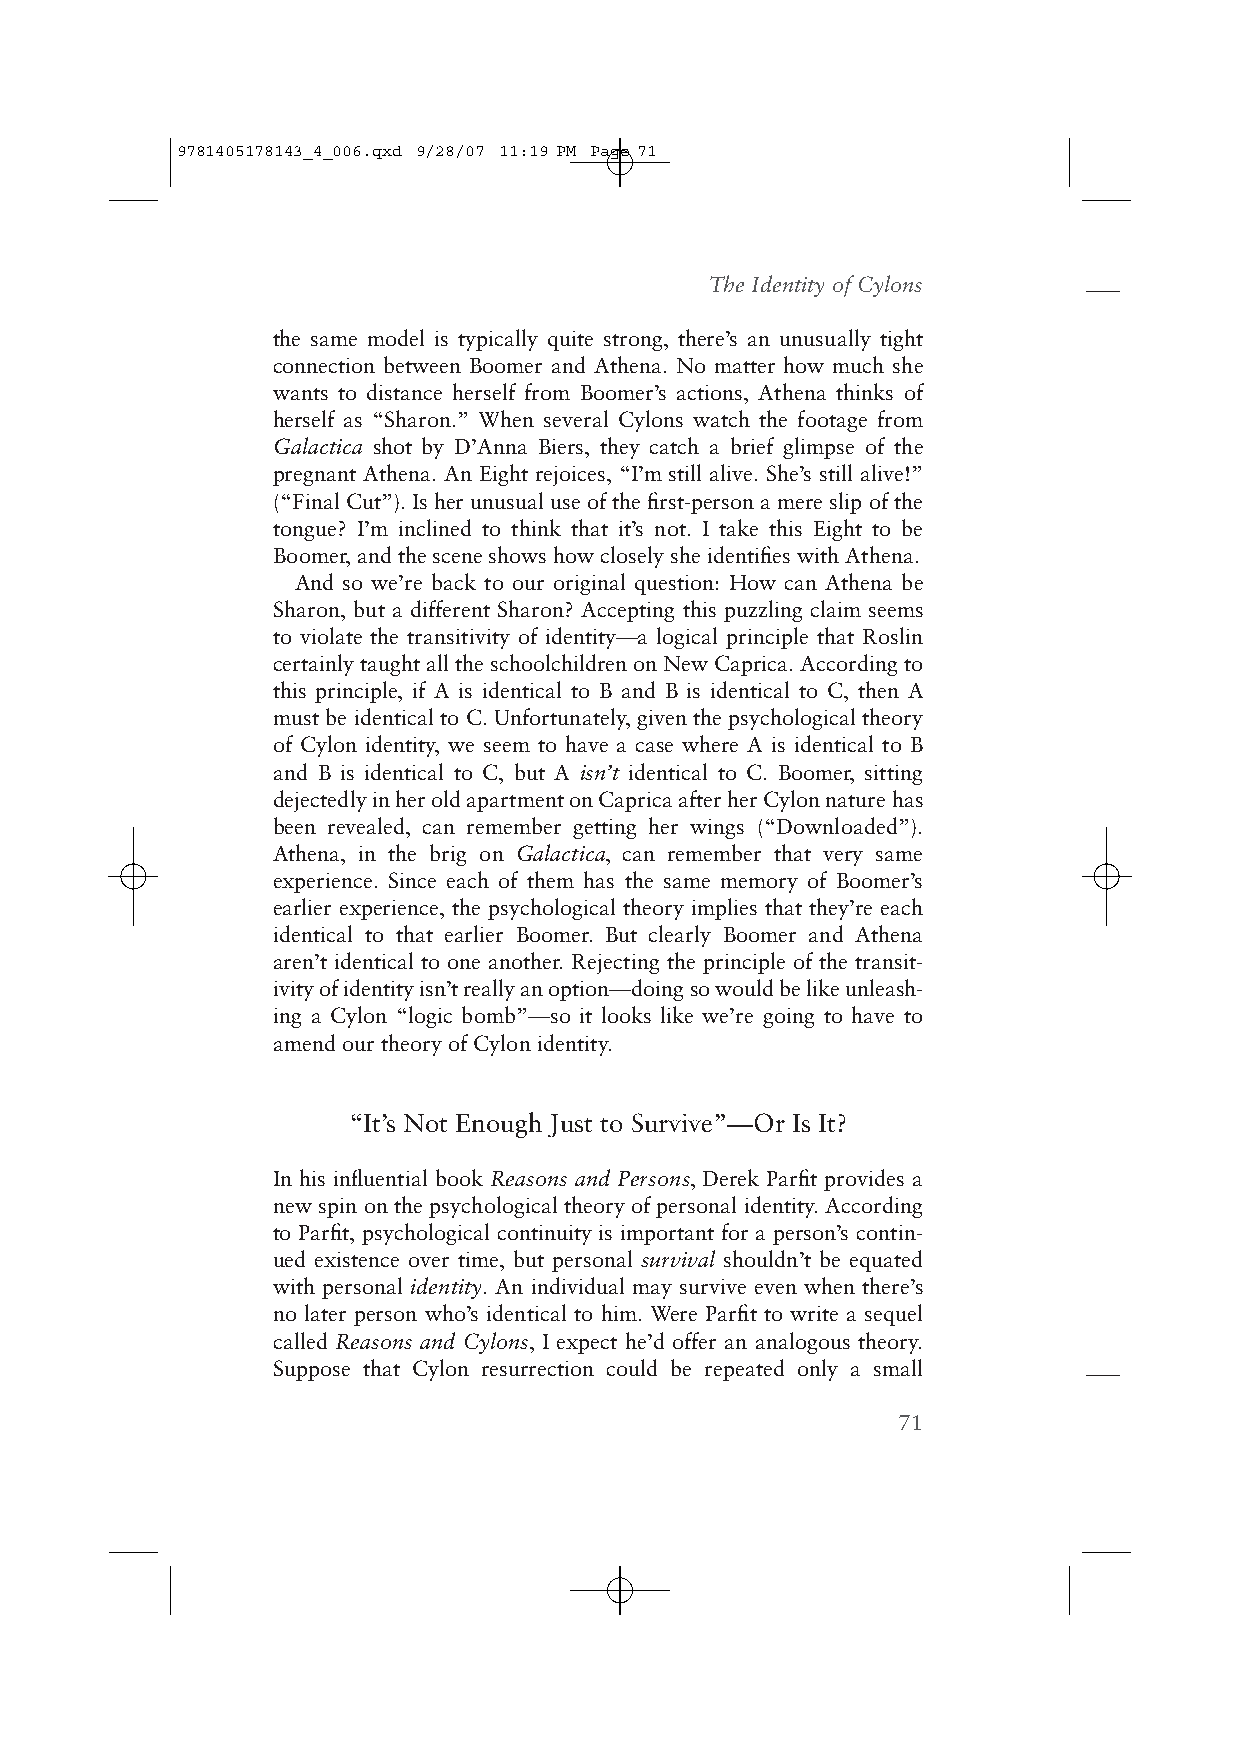
9781405178143_4_006.qxd 9/28/07 11:19 PM Page 71
 The Identity of Cylons
 the same model is typically quite strong, there’s an unusually tight
 connection between Boomer and Athena. No matter how much she
 wants to distance herself from Boomer’s actions, Athena thinks of
 herself as “Sharon.” When several Cylons watch the footage from
 Galactica shot by D’Anna Biers, they catch a brief glimpse of the
 pregnant Athena. An Eight rejoices, “I’m still alive. She’s still alive!”
 (“Final Cut”). Is her unusual use of the first-person a mere slip of the
 tongue? I’m inclined to think that it’s not. I take this Eight to be
 Boomer, and the scene shows how closely she identifies with Athena.
 And so we’re back to our original question: How can Athena be
 Sharon, but a different Sharon? Accepting this puzzling claim seems
 to violate the transitivity of identity—a logical principle that Roslin
 certainly taught all the schoolchildren on New Caprica. According to
 this principle, if A is identical to B and B is identical to C, then A
 must be identical to C. Unfortunately, given the psychological theory
 of Cylon identity, we seem to have a case where A is identical to B
 and B is identical to C, but A isn’t identical to C. Boomer, sitting
 dejectedly in her old apartment on Caprica after her Cylon nature has
 been revealed, can remember getting her wings (“Downloaded”).
 Athena, in the brig on Galactica, can remember that very same
 experience. Since each of them has the same memory of Boomer’s
 earlier experience, the psychological theory implies that they’re each
 identical to that earlier Boomer. But clearly Boomer and Athena
 aren’t identical to one another. Rejecting the principle of the transit-
 ivity of identity isn’t really an option—doing so would be like unleash-
 ing a Cylon “logic bomb”—so it looks like we’re going to have to
 amend our theory of Cylon identity.
 “It’s Not Enough Just to Survive”—Or Is It?
 In his influential book Reasons and Persons, Derek Parfit provides a
 new spin on the psychological theory of personal identity. According
 to Parfit, psychological continuity is important for a person’s contin-
 ued existence over time, but personal survival shouldn’t be equated
 with personal identity. An individual may survive even when there’s
 no later person who’s identical to him. Were Parfit to write a sequel
 called Reasons and Cylons, I expect he’d offer an analogous theory.
 Suppose that Cylon resurrection could be repeated only a small
 71